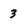
Character: 3